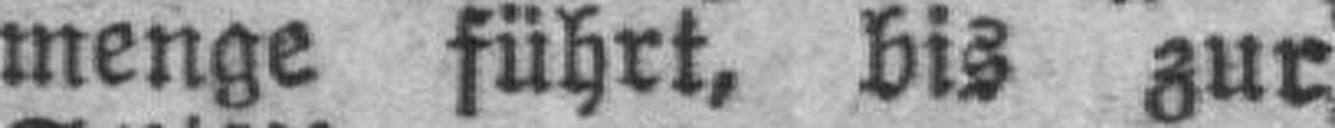
menge führt, bis zur